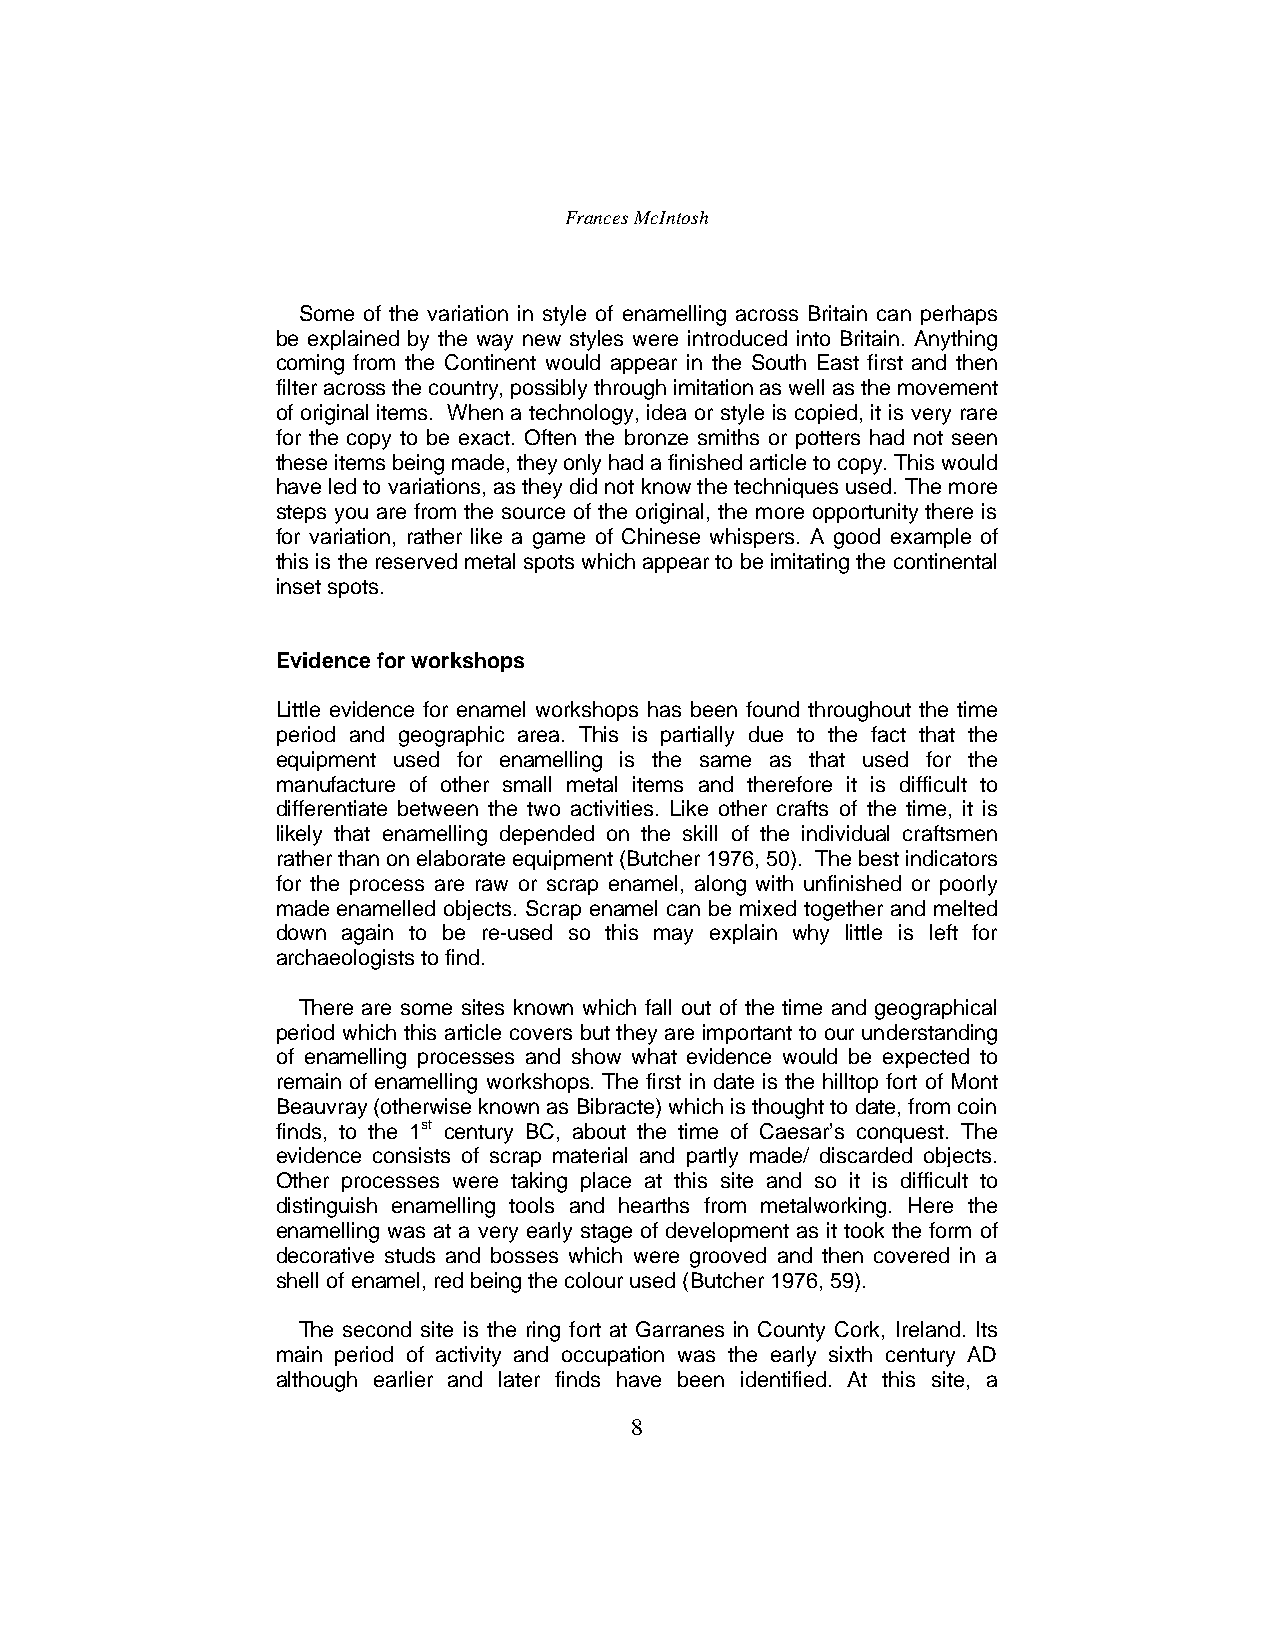
Frances McIntosh
 Some of the variation in style of enamelling across Britain can perhaps
 be explained by the way new styles were introduced into Britain. Anything
 coming from the Continent would appear in the South East first and then
 filter across the country, possibly through imitation as well as the movement
 of original items. When a technology, idea or style is copied, it is very rare
 for the copy to be exact. Often the bronze smiths or potters had not seen
 these items being made, they only had a finished article to copy. This would
 have led to variations, as they did not know the techniques used. The more
 steps you are from the source of the original, the more opportunity there is
 for variation, rather like a game of Chinese whispers. A good example of
 this is the reserved metal spots which appear to be imitating the continental
 inset spots.
 Evidence for workshops
 Little evidence for enamel workshops has been found throughout the time
 period and geographic area. This is partially due to the fact that the
 equipment used for enamelling is the same as that used for the
 manufacture of other small metal items and therefore it is difficult to
 differentiate between the two activities. Like other crafts of the time, it is
 likely that enamelling depended on the skill of the individual craftsmen
 rather than on elaborate equipment (Butcher 1976, 50). The best indicators
 for the process are raw or scrap enamel, along with unfinished or poorly
 made enamelled objects. Scrap enamel can be mixed together and melted
 down again to be re-used so this may explain why little is left for
 archaeologists to find.
 There are some sites known which fall out of the time and geographical
 period which this article covers but they are important to our understanding
 of enamelling processes and show what evidence would be expected to
 remain of enamelling workshops. The first in date is the hilltop fort of Mont
 Beauvray (otherwise known as Bibracte) which is thought to date, from coin
 finds, to the 1st century BC, about the time of Caesar’s conquest. The
 evidence consists of scrap material and partly made/ discarded objects.
 Other processes were taking place at this site and so it is difficult to
 distinguish enamelling tools and hearths from metalworking. Here the
 enamelling was at a very early stage of development as it took the form of
 decorative studs and bosses which were grooved and then covered in a
 shell of enamel, red beingthe colour used (Butcher 1976, 59).
 The second site is the ring fort at Garranes in County Cork, Ireland. Its
 main period of activity and occupation was the early sixth century AD
 although earlier and later finds have been identified. At this site, a
 8